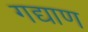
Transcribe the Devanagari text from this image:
गद्याण